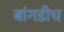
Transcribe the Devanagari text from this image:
बांगडीच